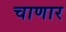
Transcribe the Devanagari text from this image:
चाणार